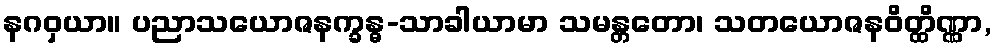
နဂဝှယာ။ ပညာသယောဇနက္ခန္ဓ-သာခါယာမာ သမန္တတော၊ သတယောဇနဝိတ္ထိဏ္ဏာ,